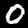
Label: 0